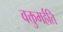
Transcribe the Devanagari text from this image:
वक्तुमर्हति